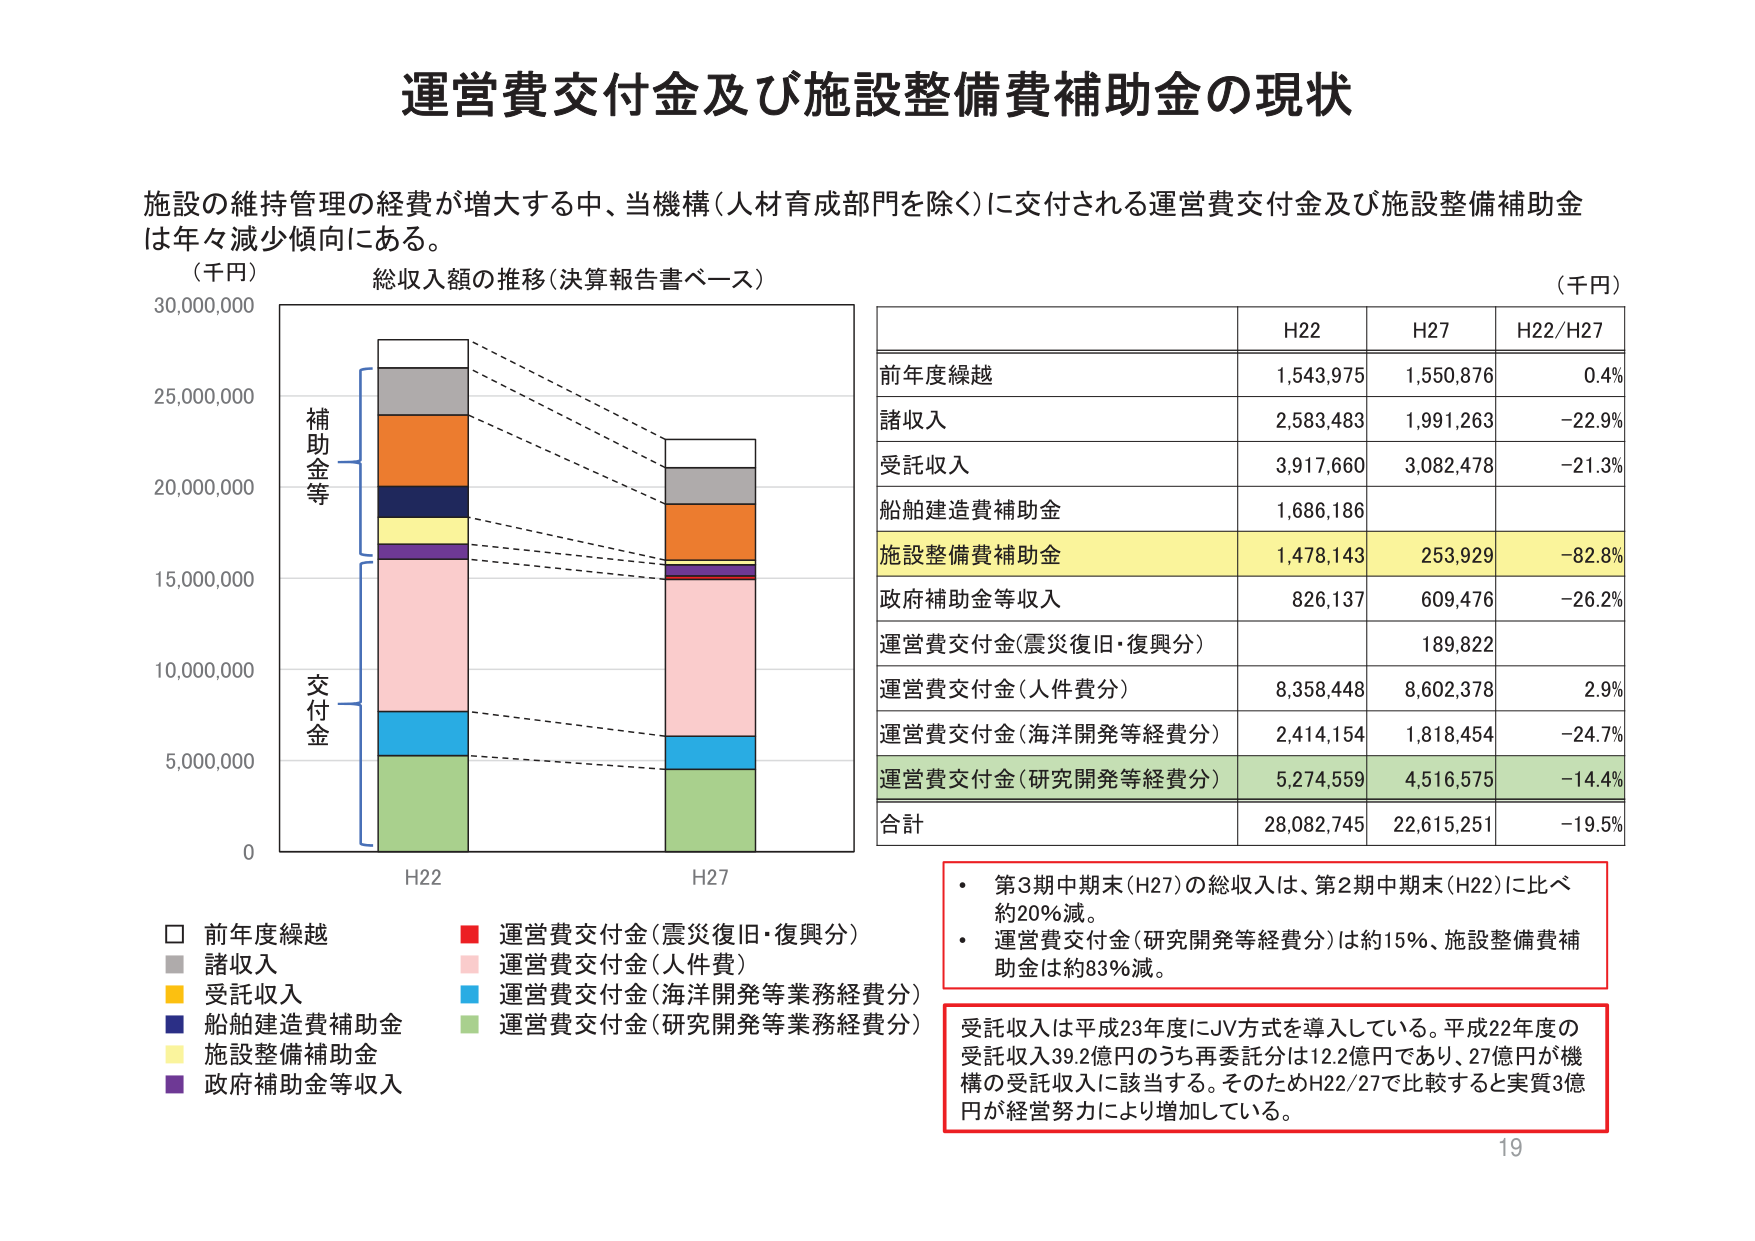
運営費交付金及び施設整備費補助金の現状

施設の維持管理の経費が増大する中、当機構（人材育成部門を除く）に交付される運営費交付金及び施設整備補助金は年々減少傾向にある。

（千円）
総収入額の推移（決算報告書ベース）

0
5,000,000
10,000,000
15,000,000
20,000,000
25,000,000
30,000,000

H22
H27

補助金等
交付金

□ 前年度繰越
■ 諸収入
■ 受託収入
■ 船舶建造費補助金
■ 施設整備補助金
■ 政府補助金等収入

■ 運営費交付金（震災復旧・復興分）
■ 運営費交付金（人件費）
■ 運営費交付金（海洋開発等業務経費分）
■ 運営費交付金（研究開発等業務経費分）

（千円）

H22
H27
H22/H27

前年度繰越
1,543,975
1,550,876
0.4%

諸収入
2,583,483
1,991,263
-22.9%

受託収入
3,917,660
3,082,478
-21.3%

船舶建造費補助金
1,686,186

施設整備費補助金
1,478,143
253,929
-82.8%

政府補助金等収入
826,137
609,476
-26.2%

運営費交付金（震災復旧・復興分）
189,822

運営費交付金（人件費分）
8,358,448
8,602,378
2.9%

運営費交付金（海洋開発等経費分）
2,414,154
1,818,454
-24.7%

運営費交付金（研究開発等経費分）
5,274,559
4,516,575
-14.4%

合計
28,082,745
22,615,251
-19.5%

・ 第3期中期末（H27）の総収入は、第2期中期末（H22）に比べ約20％減。
・ 運営費交付金（研究開発等経費分）は約15％、施設整備費補助金は約83％減。

受託収入は平成23年度にJV方式を導入している。平成22年度の受託収入39.2億円のうち再委託分は12.2億円であり、27億円が機構の受託収入に該当する。そのためH22/27で比較すると実質3億円が経営努力により増加している。

19